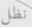
نظل